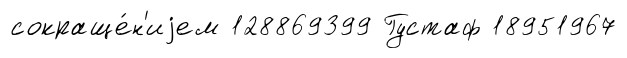
сокраще́н'иjем 128869399 Густаф 18951967